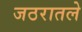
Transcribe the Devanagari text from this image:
जठरातले